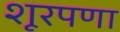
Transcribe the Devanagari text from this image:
शूरपणा